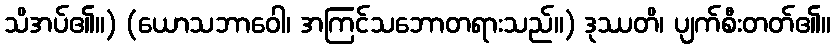
သိအပ်၏။) (ယောသဘာဝေါ၊ အကြင်သဘောတရားသည်။) ဒုဿတိ၊ ပျက်စီးတတ်၏။